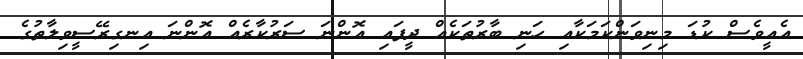
އެއީވެސް ކުޑަ މިނިވަންކަމަކާއި ހަނި ބާރުތަކެއް ދީފައި އޮންނަ ސަރުކާރެއް އޮންނަ އިނގިރޭސީވިލާތުގެ